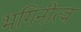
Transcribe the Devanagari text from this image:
भगिनीत्व